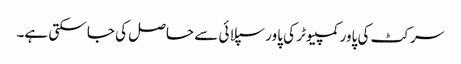
سرکٹ کی پاور کمپیوٹر کی پاور سپلائی سے حاصل کی جا سکتی ہے۔